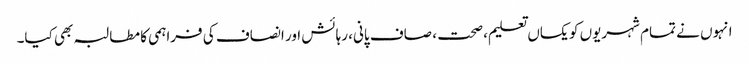
انہوں نے تمام شہریوں کو یکساں تعلیم، صحت ، صاف پانی، رہائش اور انصاف کی فراہمی کا مطالبہ بھی کیا۔